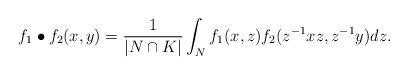
LaTeX: \begin{align*}f_1 \bullet f_2 (x,y)= \frac{1}{|N\cap K|}\int_{N}f_1(x,z)f_2(z^{-1}xz,z^{-1}y) dz.\end{align*}